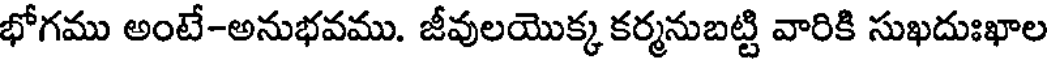
భోగము అంటే-అనుభవము. జీవులయొక్క కర్మనుబట్టి వారికి సుఖదుఃఖాల